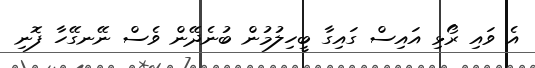
އެ ވައި ރޯޅި އައިސް ގައިގާ ބީހިލުމުން ބުނެދޭން ވެސް ނޭނގޭހާ ފޮނި